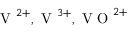
\mathrm { ~ V ~ } ^ { 2 + } , \mathrm { ~ V ~ } ^ { 3 + } , \mathrm { ~ V ~ O ~ } ^ { 2 + }